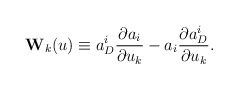
\begin{align*}{\bf W}_k(u)\equiv a_D^i \frac{\partial a_i}{\partial u_k}- a_i \frac{\partial a_D^i}{\partial u_k}.\end{align*}